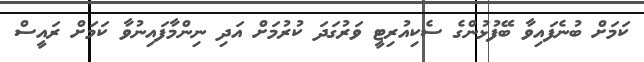
ކަމަށް ބުނެފައިވާ ބޭފުޅުންގެ ސެކިއުރިޓީ ވަރުގަދަ ކުރުމަށް އަދި ނިންމާފައިނުވާ ކަމަށް ރައީސް